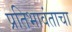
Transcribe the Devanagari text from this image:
प्रतिभावंताचा